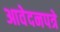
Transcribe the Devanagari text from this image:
आवेदनपत्रे